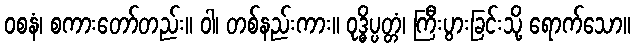
ဝစနံ၊ စကားတော်တည်း။ ဝါ၊ တစ်နည်းကား။ ဝုဒ္ဓိပ္ပတ္တံ၊ ကြီးပွားခြင်းသို့ ရောက်သော။